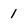
Character: 1